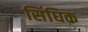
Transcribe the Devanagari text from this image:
सिंघिक